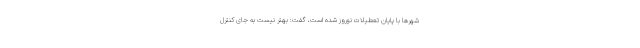
شهرها با پایان تعطیلات نوروز شده است، گفت: بهتر نیست به جای کنترل